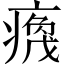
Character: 𬏻